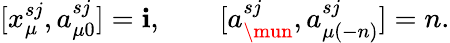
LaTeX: [x_{\mu}^{sj},a_{\mu0}^{sj}]=\mathbf{i},\qquad[a_{\mun}^{sj},a_{\mu(-n)}^{sj}]=n.